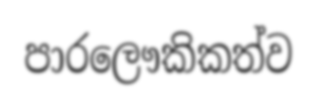
පාරලෞකිකත්ව